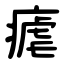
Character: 瘧